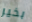
بخير